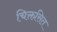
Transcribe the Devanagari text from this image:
चिक्तसित